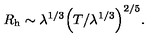
R _ { \mathrm { h } } \sim \lambda ^ { 1 / 3 } \Bigr ( T / \lambda ^ { 1 / 3 } \Bigl ) ^ { 2 / 5 } .